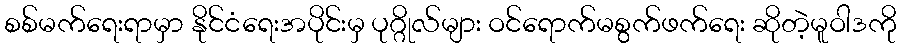
စစ်မက်ရေးရာမှာ နိုင်ငံရေးအပိုင်းမှ ပုဂ္ဂိုလ်များ ဝင်ရောက်မစွက်ဖက်ရေး ဆိုတဲ့မူဝါဒကို